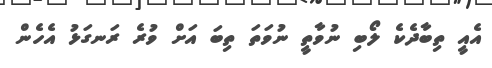
އެއީ ތިބާދެކެ ލޯބި ނުވާތީ ނުވަތަ ތިބަ އަށް ވުރެ ރަނގަޅު އެހެން